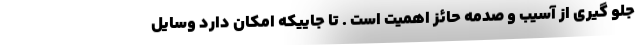
جلو گیری از آسیب و صدمه حائز اهمیت است . تا جاییکه امکان دارد وسایل